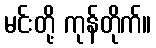
မင်းတို့ ကုန်တိုက်။